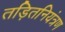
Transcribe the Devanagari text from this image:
तड़ितनियंत्रण